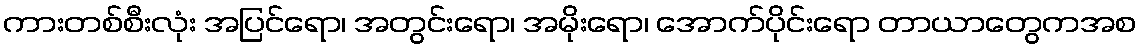
ကားတစ်စီးလုံး အပြင်ရော၊ အတွင်းရော၊ အမိုးရော၊ အောက်ပိုင်းရော တာယာတွေကအစ